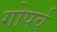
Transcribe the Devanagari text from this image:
गोपर्व